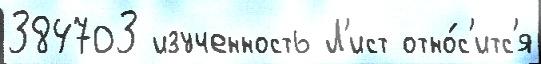
384703 изученность Л'ист отно́с'итс'я